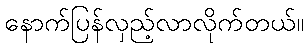
နောက်ပြန်လှည့်လာလိုက်တယ်။